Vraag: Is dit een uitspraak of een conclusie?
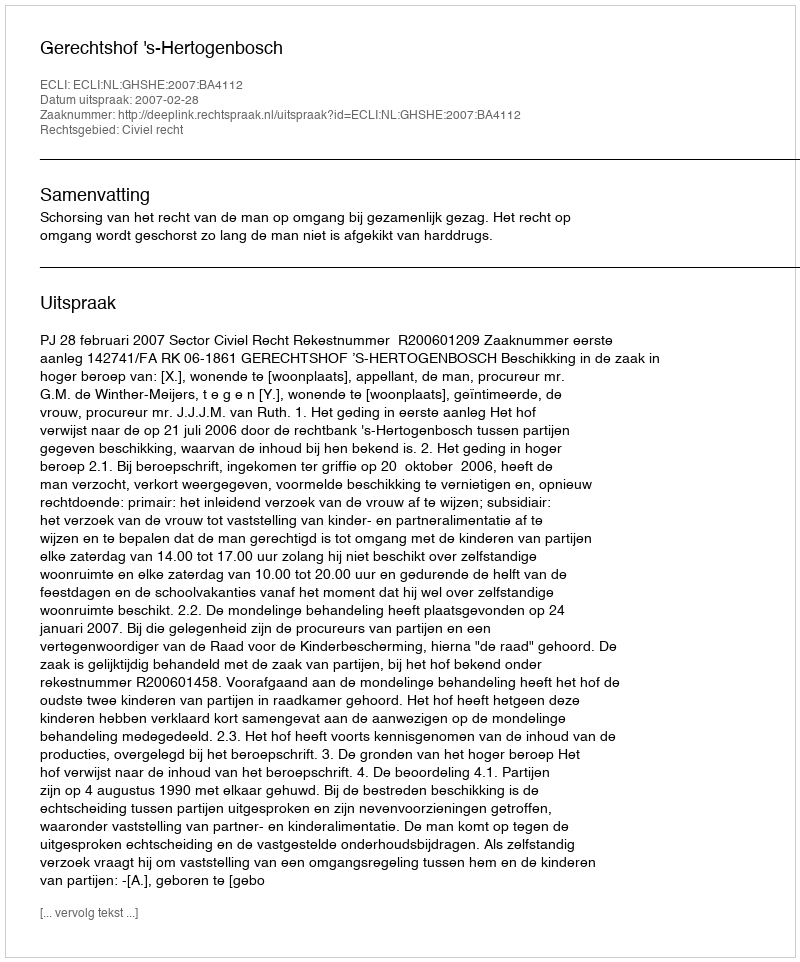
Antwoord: Uitspraak